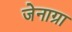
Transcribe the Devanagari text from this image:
जेनाग्रा